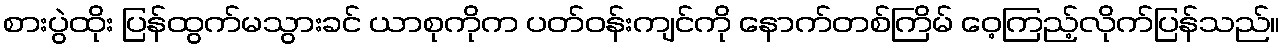
စားပွဲထိုး ပြန်ထွက်မသွားခင် ယာစုကိုက ပတ်ဝန်းကျင်ကို နောက်တစ်ကြိမ် ဝေ့ကြည့်လိုက်ပြန်သည်။